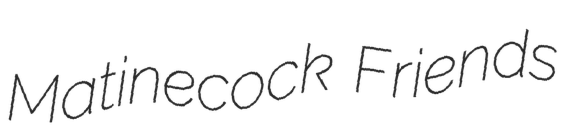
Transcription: Matinecock Friends